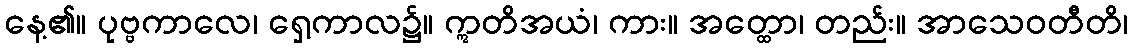
နေ့၏။ ပုဗ္ဗကာလေ၊ ရှေ့ကာလ၌။ ဣတိအယံ၊ ကား။ အတ္ထော၊ တည်း။ အာသေဝတီတိ၊